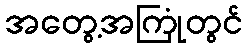
အတွေ့အကြုံတွင်